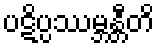
ပဋိပ္ပဿမ္ဘန္တီတိ